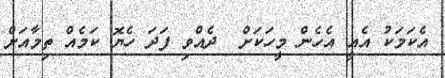
އެކަމަކު އެއީ އެހެން މީހަކަށްް  ދެއްވި ފަދަ ހެޔޮ ކަމެއް ތިމާއަށްް